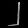
Digit: ၂